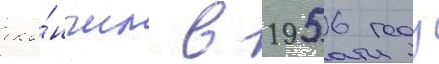
око́нчил в 1956 году